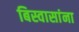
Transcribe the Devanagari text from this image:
बिस्वासांना